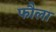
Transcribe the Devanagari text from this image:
फौला